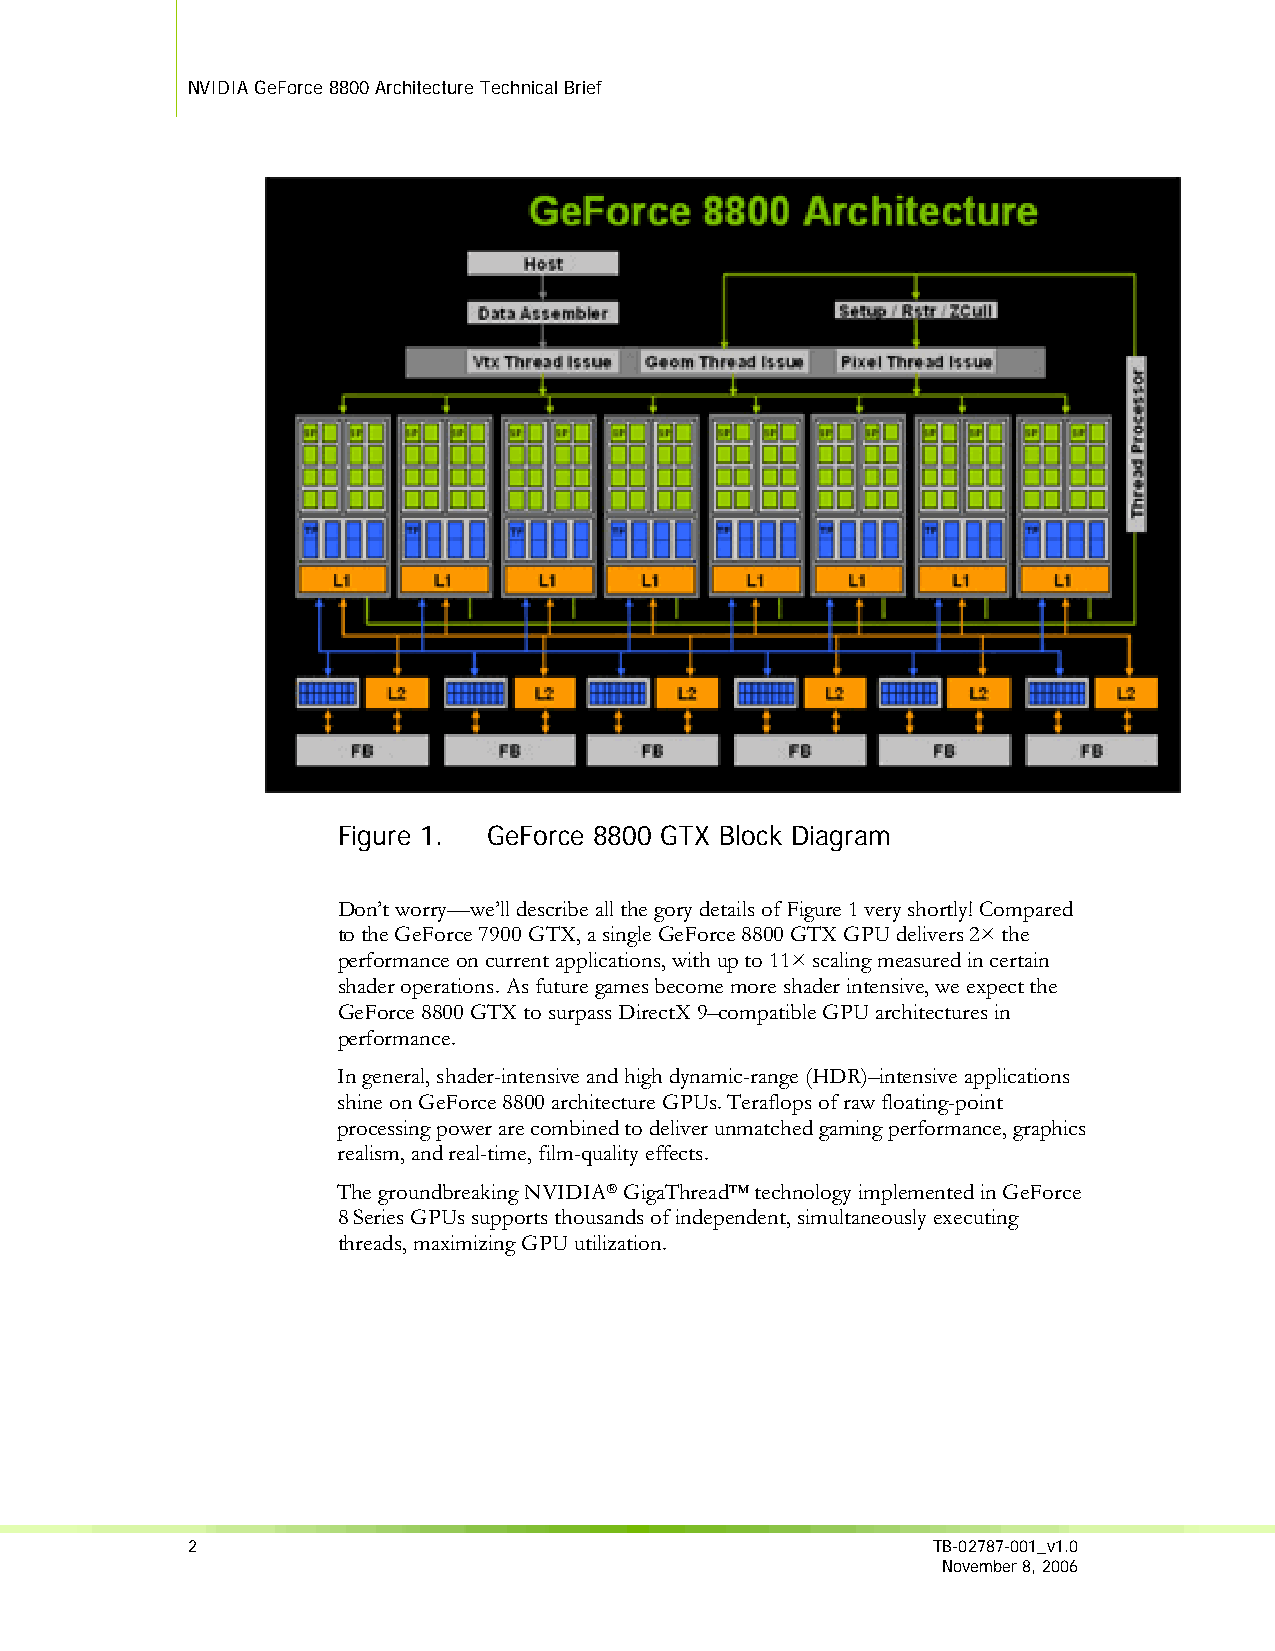
NVIDIA GeForce 8800 Architecture Technical Brief
 Figure 1. GeForce 8800 GTX Block Diagram
 Don’t worry—we’ll describe all the gory details of Figure 1 very shortly! Compared
 to the GeForce 7900 GTX, a single GeForce 8800 GTX GPU delivers 2× the
 performance on current applications, with up to 11× scaling measured in certain
 shader operations. As future games become more shader intensive, we expect the
 GeForce 8800 GTX to surpass DirectX 9–compatible GPU architectures in
 performance.
 In general, shader-intensive and high dynamic-range (HDR)–intensive applications
 shine on GeForce 8800 architecture GPUs. Teraflops of raw floating-point
 processing power are combined to deliver unmatched gaming performance, graphics
 realism, and real-time, film-quality effects.
 The groundbreaking NVIDIA® GigaThread™ technology implemented in GeForce
 8 Series GPUs supports thousands of independent, simultaneously executing
 threads, maximizing GPU utilization.
 2                                                 TB-02787-001_v1.0
 November 8, 2006